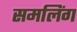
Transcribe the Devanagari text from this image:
समलिंग